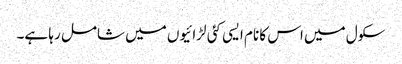
سکول میں اس کا نام ایسی کئی لڑائیوں میں شامل رہا ہے۔